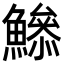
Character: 𩻦